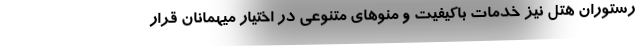
رستوران هتل نیز خدمات باکیفیت و منوهای متنوعی در اختیار میهمانان قرار